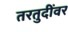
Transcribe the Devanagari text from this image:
तरतुदींवर